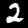
Digit: 2